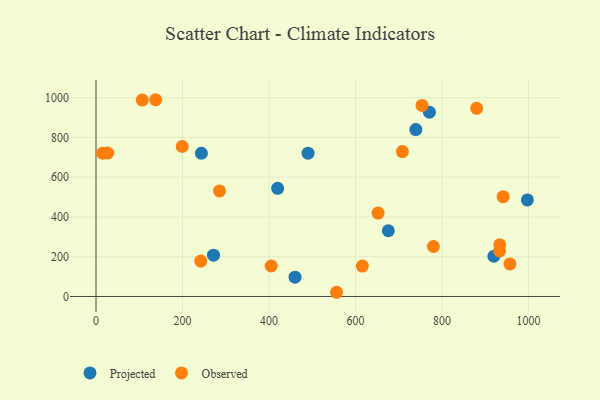
{"axis": {"x": "Investment", "y": "Salary"}, "legend": ["Observed", "Projected"], "data": [{"x": "490.3", "y": 721.2, "type": "Projected"}, {"x": "271.7", "y": 207.7, "type": "Projected"}, {"x": "920.0", "y": 202.3, "type": "Projected"}, {"x": "420.0", "y": 544.4, "type": "Projected"}, {"x": "460.2", "y": 97.2, "type": "Projected"}, {"x": "771.1", "y": 927.1, "type": "Projected"}, {"x": "675.9", "y": 330.8, "type": "Projected"}, {"x": "997.5", "y": 485.9, "type": "Projected"}, {"x": "243.7", "y": 720.8, "type": "Projected"}, {"x": "739.6", "y": 840.1, "type": "Projected"}, {"x": "199.3", "y": 754.7, "type": "Observed"}, {"x": "933.3", "y": 229.0, "type": "Observed"}, {"x": "615.9", "y": 153.2, "type": "Observed"}, {"x": "405.1", "y": 153.4, "type": "Observed"}, {"x": "27.1", "y": 722.0, "type": "Observed"}, {"x": "880.2", "y": 946.7, "type": "Observed"}, {"x": "242.2", "y": 178.0, "type": "Observed"}, {"x": "780.1", "y": 251.5, "type": "Observed"}, {"x": "15.3", "y": 720.7, "type": "Observed"}, {"x": "957.2", "y": 164.0, "type": "Observed"}, {"x": "137.9", "y": 990.2, "type": "Observed"}, {"x": "933.7", "y": 260.3, "type": "Observed"}, {"x": "652.4", "y": 419.8, "type": "Observed"}, {"x": "285.6", "y": 531.3, "type": "Observed"}, {"x": "941.5", "y": 502.5, "type": "Observed"}, {"x": "107.0", "y": 988.3, "type": "Observed"}, {"x": "556.2", "y": 21.1, "type": "Observed"}, {"x": "708.5", "y": 729.3, "type": "Observed"}, {"x": "753.8", "y": 961.5, "type": "Observed"}]}